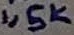
Text: 1,5K